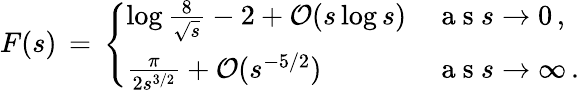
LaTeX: F(s)\, =\, \left\{ \begin{array}{ll}{\log\frac{8}{\sqrt{s}}-2+\mathcal{O}(s\log s)}&{\mathrm{~a~s~}s\to 0\, ,}\\ {\frac{\pi}{2s^{3/2}}+\mathcal{O}(s^{-5/2})}&{\mathrm{~a~s~}s\to\infty\, .}\end{array}\right.